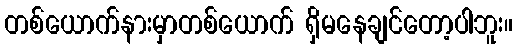
တစ်ယောက်နားမှာတစ်ယောက် ရှိမနေချင်တော့ပါဘူး။